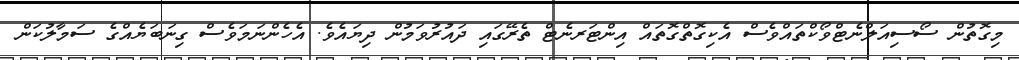
މިގޮތުން ސޯސިއަލްނެޓްވޯކްތައްވެސް އެކިގޮތްގޮތައް އިންޓަރނެޓް ތެރޭގައި ދައުރުވަމުން ދިޔައެވެ. އެހެންނަމަވެސް ގިނަބަޔެއްގެ ސަމާލުކަން